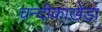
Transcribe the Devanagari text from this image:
चन्दीकाखेड़ा